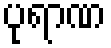
ပုရာဏ